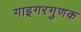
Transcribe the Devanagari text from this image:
गाइगरगुणक